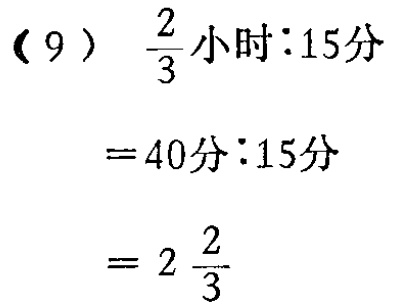
\begin{align*}

\text{解}\quad&40\times(857 + 10010\div70 - 195)\\

=&40\times(857 + 143 - 195)\\

=&40\times805

\end{align*}